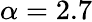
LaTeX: \alpha=2.7